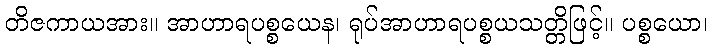
တိဇကာယအား။ အာဟာရပစ္စယေန၊ ရုပ်အာဟာရပစ္စယသတ္တိဖြင့်။ ပစ္စယော၊